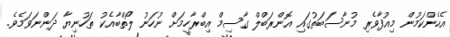
އެހެންކަމުން މިއުފާވެރި މުނާސަބަތުގައި އޮންރަބްލް ގާސިމް އިބްރާހީމަށް ނުހަނު ލޯތްބާއެކު ތަހުނިޔާ ދަންނަވަމެވެ.